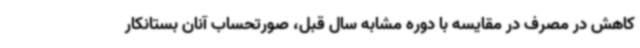
کاهش در مصرف در مقایسه با دوره مشابه سال قبل، صورتحساب آنان بستانکار